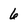
Character: 6